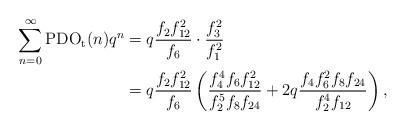
LaTeX: \begin{align*}\sum_{n=0}^{\infty}\textup{PDO}_\textup{t}(n)q^n&=q\dfrac{f_2f_{12}^2}{f_6}\cdot\dfrac{f_3^2}{f_1^2}\\&=q\dfrac{f_2f_{12}^2}{f_6}\left(\dfrac{f_4^4f_6f_{12}^2}{f_2^5f_8f_{24}}+2q\dfrac{f_4f_6^2f_8f_{24}}{f_2^4f_{12}}\right),\end{align*}